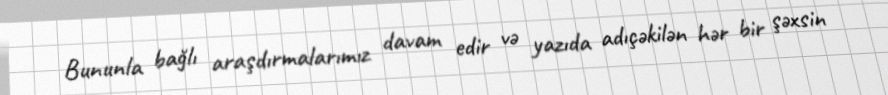
Bununla bağlı araşdırmalarımız davam edir və yazıda adıçəkilən hər bir şəxsin